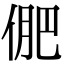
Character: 俷